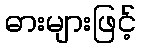
ဓားများဖြင့်